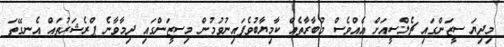
މިދިޔަ ސީޒަންގައި ޗެލްސީއަށް އެއްވެސް މުބާރާތެއް ކާމިޔާބުވެފައިނުވުމުން މިސީޒަންގައި ދިމާވާނެ ޕްރެޝަރުތައް އެނގޭތަ